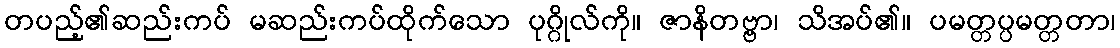
တပည့်၏ဆည်းကပ် မဆည်းကပ်ထိုက်သော ပုဂ္ဂိုလ်ကို။ ဇာနိတဗ္ဗာ၊ သိအပ်၏။ ပမတ္တပ္ပမတ္တတာ၊